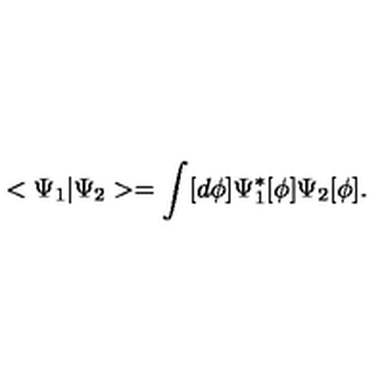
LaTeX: < \Psi _ { 1 } | \Psi _ { 2 } > = \int [ d \phi ] \Psi _ { 1 } ^ { * } [ \phi ] \Psi _ { 2 } [ \phi ] .